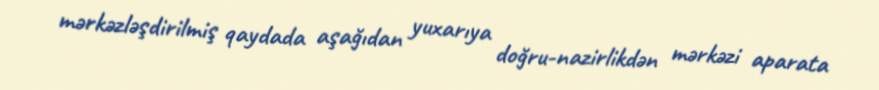
mərkəzləşdirilmiş qaydada aşağıdan yuxarıya doğru-nazirlikdən mərkəzi aparata